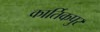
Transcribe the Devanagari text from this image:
कार्तिकपुर